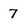
Character: 7